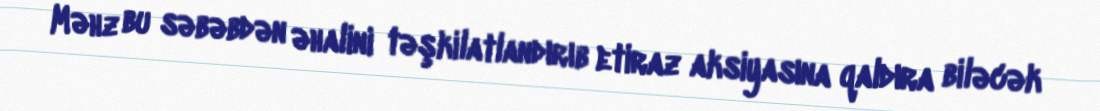
Məhz bu səbəbdən əhalini təşkilatlandırıb etiraz aksiyasına qaldıra biləcək